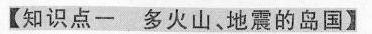
【知识点一 多火山，地震的岛国】